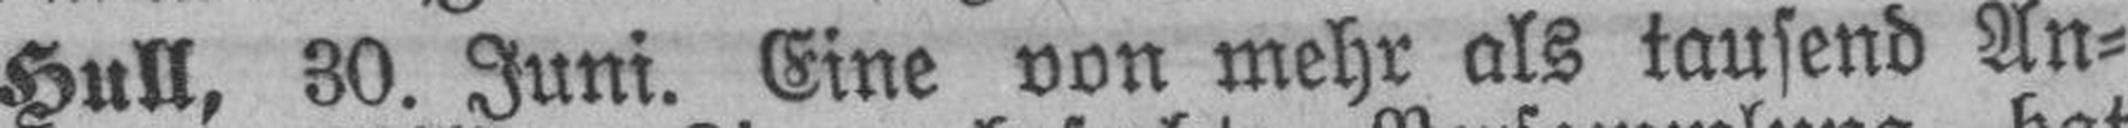
Hull, 30. Juni. Eine von mehr als tausend An¬